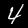
Digit: 4